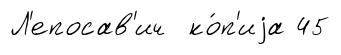
Л'епосав'ич ко́п'иjа 45